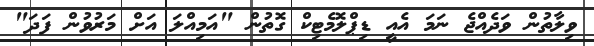
ވިލާތުން ވަދެއްޖެ ނަމަ އެއީ ޑިޕްލޮމެޓިކް ގޮތުން "އަމިއްލަ އަށް މަރުވުން ފަދަ"